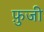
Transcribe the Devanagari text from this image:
फ़ुजी